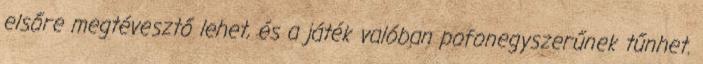
elsőre megtévesztő lehet, és a játék valóban pofonegyszerűnek tűnhet.